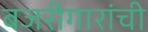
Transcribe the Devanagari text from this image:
बजरीगारांची